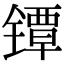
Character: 镡